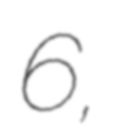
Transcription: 6,